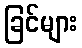
ခြင်များ